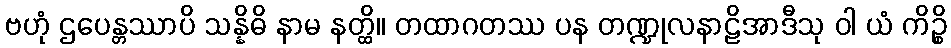
ဗဟုံ ဌပေန္တဿာပိ သန္နိဓိ နာမ နတ္ထိ။ တထာဂတဿ ပန တဏ္ဍုလနာဠိအာဒီသု ဝါ ယံ ကိဉ္စိ